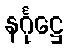
နင်္ဂုဋ္ဌေ